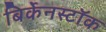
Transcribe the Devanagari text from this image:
बिर्केनस्टॉक